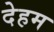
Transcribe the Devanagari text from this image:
देहम